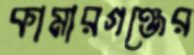
কামারগঞ্জের